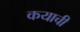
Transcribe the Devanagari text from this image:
कयाची